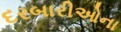
દરબારીઓના